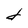
Character: d